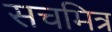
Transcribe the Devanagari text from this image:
सचमित्र